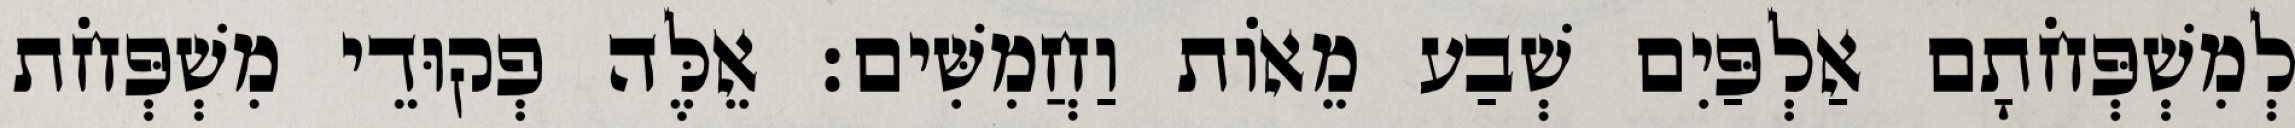
לְמִשְׁפְּחֹתָם אַלְפַּיִם שְׁבַע מֵאוֹת וַחֲמִשִּׁים׃ אֵלֶּה פְקוּדֵי מִשְׁפְּחֹת